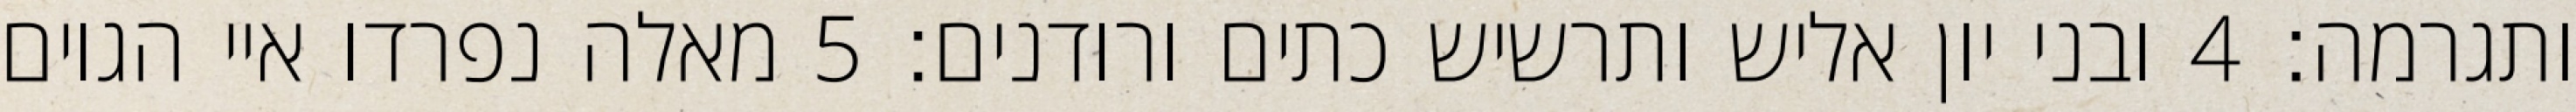
ותגרמה׃ ‎4‏ ובני יון אליש ותרשיש כתים ורודנים׃ ‎5‏ מאלה נפרדו איי הגוים